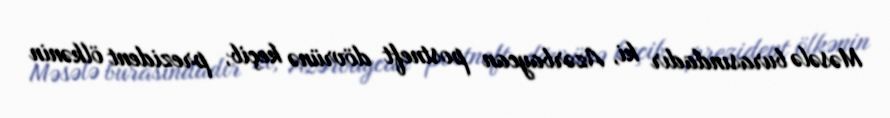
Məsələ burasındadır ki, Azərbaycan postneft dövrünə keçib, prezident ölkənin